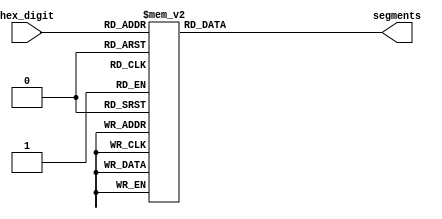
module hex_decoder(hex_digit, segments);
    input [3:0] hex_digit;
    output reg [6:0] segments;
   
    always @(*)
        case (hex_digit)
            4'h0: segments = 7'b100_0000;
            4'h1: segments = 7'b111_1001;
            4'h2: segments = 7'b010_0100;
            4'h3: segments = 7'b011_0000;
            4'h4: segments = 7'b001_1001;
            4'h5: segments = 7'b001_0010;
            4'h6: segments = 7'b000_0010;
            4'h7: segments = 7'b111_1000;
            4'h8: segments = 7'b000_0000;
            4'h9: segments = 7'b001_1000;
            4'hA: segments = 7'b000_1000;
            4'hB: segments = 7'b000_0011;
            4'hC: segments = 7'b100_0110;
            4'hD: segments = 7'b010_0001;
            4'hE: segments = 7'b000_0110;
            4'hF: segments = 7'b000_1110;   
            default: segments = 7'h7f;
        endcase
endmodule

/*
//Checks if the ball is in the goal and updates the score
module updateScore(clock, ball_x, ball_y, p1_score, p2_score, p1_score_out, p2_score_out, newGame);
	input clock, newGame;
	input [7:0] ball_x;
	input [6:0] ball_y;
	input [3:0] p1_score, p2_score;
	output reg [3:0] p1_score_out, p2_score_out;

	//size of ball
	localparam ball_size = 2'b10;
	//goal borders
	localparam left_border = 8'b00001000; 
	localparam right_border = 8'b10011000;
	localparam goal_top = 7'b101100;
	localparam goal_bot = 7'b1001110;
	
	
	always @ (posedge clock) begin
		if(ball_x + ball_size >= right_border && ball_y >= goal_top && ball_y <= goal_bot)
			p1_score_out <= p1_score + 1'b1;
		else if(ball_x <= left_border && ball_y >= goal_top && ball_y <= goal_bot)
			p2_score_out <= p2_score + 1'b1;
		else if(!newGame) begin
			p1_score_out <= 4'b0;
			p2_score_out <= 4'b0;
		end
		else begin
			p1_score_out <= p1_score;
			p2_score_out <= p2_score;
		end
	end

endmodule
*/